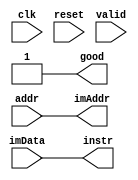
`timescale 1ps/1ps
`define MemPortIO input clk, input reset, input valid, input[31:0] addr,

module IMemPort (
  `MemPortIO
  output [31:0] instr,
  output good,
  
  input  [31:0] imData,
  output [31:0] imAddr
);
  assign instr = imData;
  assign imAddr = addr;
  assign good  = 1;

endmodule

module DMemPort (
  `MemPortIO
  input [31:0] writeData,
  input memRead,
  input memWrite,
  input [1:0] maskMode,
  input sext,
  output reg [31:0] readData,
  output reg good,

  input [31:0] readBack,

  input  [31:0] dmData_in,
  output [31:0] dmData_out,
  output [31:0] dmAddr_out,
  output reg dmMem_w,
  output reg dmMem_r
);
  assign dmAddr_out = addr;
  reg [31:0] tmpWriteData = 32'b0;
  // assign dmData_out = tmpWriteData & readBack;
  assign dmData_out = tmpWriteData;
  always @(clk, valid, addr, writeData, memRead, memWrite, maskMode, sext) begin
  // always @(*) begin
    readData <= 32'b0;
    good <= 0;
    dmMem_w <= 0;
    dmMem_r <= 1;
    // tmpWriteData <= 32'b0;
    // dmData_out <= writeData;
    if(valid & (memRead | memWrite)) begin
      if(memRead & memWrite) begin
        $display("~~~DMem Port error~~~");
        good <= 0; 
      end else if(memRead) begin
        good <= 1;
        dmMem_w <= 0;
        readData <= 32'b0;
        dmMem_r <= 1;
      end else if(memWrite) begin
          good <= 1;
          dmMem_w <= 1;
          dmMem_r <= 0;
          // tmpWriteData <= writeData;
          $display("~~~DMEM write~~~mask:%b addr:%x wData:%x", maskMode, addr, writeData);
          // dmData_out <= tmpWriteData & readBack;
          // dmData_out <= writeData;
        end
    end else begin good <= 0; readData <= 0; dmMem_w <= 0; dmMem_r <= 0; end
  end
  always @(*) begin
    readData <= dmData_in;
    if(maskMode == 2'b00) begin
      case(addr[1:0])
      2'b00:  begin readData <= {{24{sext & dmData_in[7]}},  dmData_in[7:0]};   tmpWriteData <= {readBack[31:8], writeData[7:0]};       end
      2'b01:  begin readData <= {{24{sext & dmData_in[15]}}, dmData_in[15:8]};  tmpWriteData <= {readBack[31:16], writeData[7:0], readBack[7:0]}; end
      2'b10:  begin readData <= {{24{sext & dmData_in[23]}}, dmData_in[23:16]}; tmpWriteData <= {readBack[31:24], writeData[7:0], readBack[15:0]}; end
      2'b11:  begin readData <= {{24{sext & dmData_in[31]}}, dmData_in[31:24]}; tmpWriteData <= {writeData[7:0], readBack[23:0]};       end
      endcase
    end
    else if(maskMode == 2'b01) begin
      case(addr[1])
      1'b0: begin readData <= {{16{ sext & dmData_in[15]}}, dmData_in[15:0]};  tmpWriteData <= {readBack[31:16], writeData[15:0]}; end
      1'b1: begin readData <= {{16{ sext & dmData_in[31]}}, dmData_in[31:16]}; tmpWriteData <= {writeData[15:0], readBack[15:0]}; end
      endcase
    end else begin
      tmpWriteData <= writeData;
    end
  end

endmodule